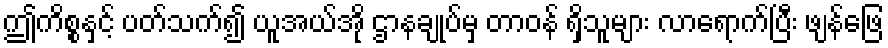
ဤကိစ္စနှင့် ပတ်သက်၍ ယူအယ်အို ဌာနချုပ်မှ တာဝန် ရှိသူများ လာရောက်ပြီး ဖျန်ဖြေ